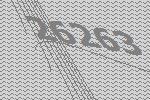
26263